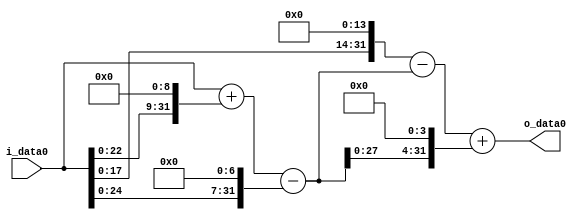
module multiplier_block (
    i_data0,
    o_data0
);

  // Port mode declarations:
  input   [31:0] i_data0;
  output  [31:0]
    o_data0;

  //Multipliers:

  wire [31:0]
    w1,
    w512,
    w513,
    w128,
    w385,
    w16384,
    w15999,
    w6160,
    w22159;

  assign w1 = i_data0;
  assign w128 = w1 << 7;
  assign w15999 = w16384 - w385;
  assign w16384 = w1 << 14;
  assign w22159 = w15999 + w6160;
  assign w385 = w513 - w128;
  assign w512 = w1 << 9;
  assign w513 = w1 + w512;
  assign w6160 = w385 << 4;

  assign o_data0 = w22159;

  //multiplier_block area estimate = 6692.71680573088;
endmodule